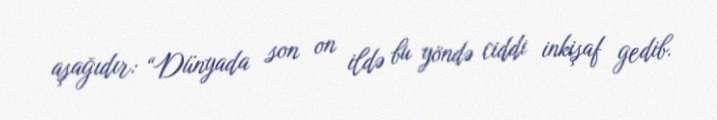
aşağıdır: “Dünyada son on ildə bu yöndə ciddi inkişaf gedib.